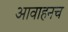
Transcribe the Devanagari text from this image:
आवाहनच